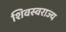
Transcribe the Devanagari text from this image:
शिवस्वराज्य